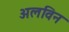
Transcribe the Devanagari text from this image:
अलविन